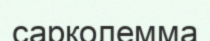
сарколемма